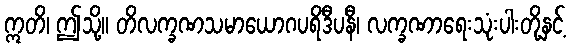
ဣတိ၊ ဤသို့။ တိလက္ခဏသမာယောဂပရိဒီပနီ၊ လက္ခဏာရေးသုံးပါးတို့နှင့်